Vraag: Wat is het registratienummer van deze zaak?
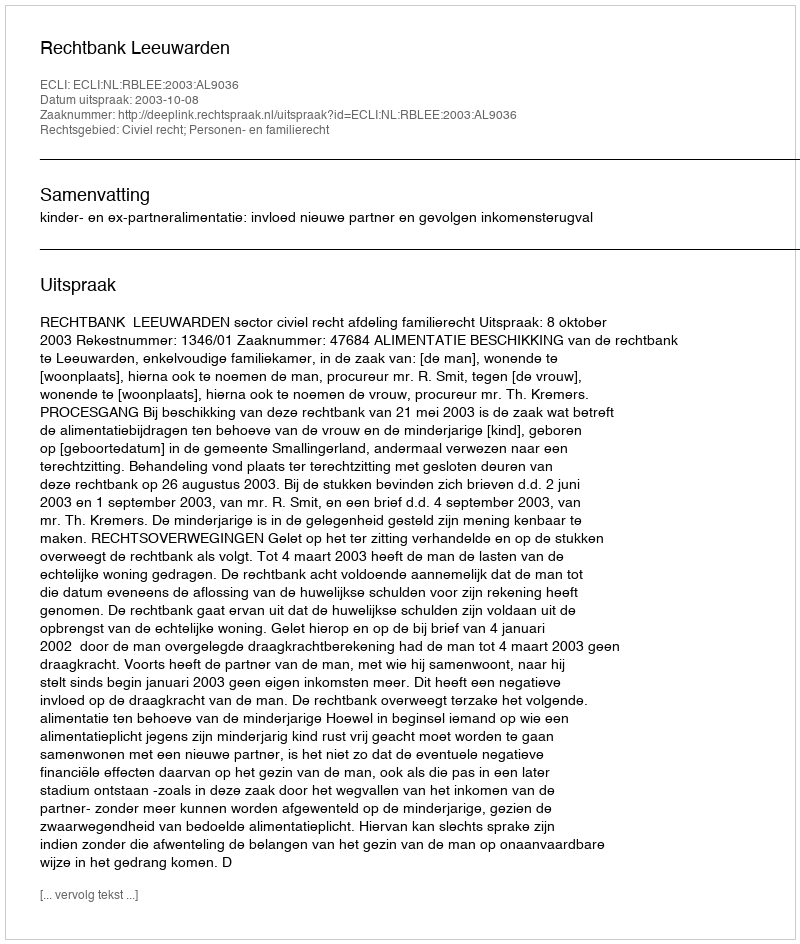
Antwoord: http://deeplink.rechtspraak.nl/uitspraak?id=ECLI:NL:RBLEE:2003:AL9036